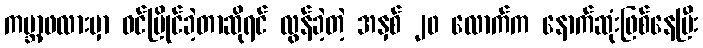
ကမ္ဘာ့ဖလားမှာ ဝင်ပြိုင်ခဲ့တာဆိုရင် လွန်ခဲ့တဲ့ အနှစ် ၂၀ လောက်က နောက်ဆုံးဖြစ်နေပြီး